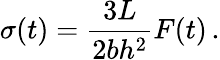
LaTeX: \sigma(t)=\frac{3L}{2bh^{2}}F(t)\, .